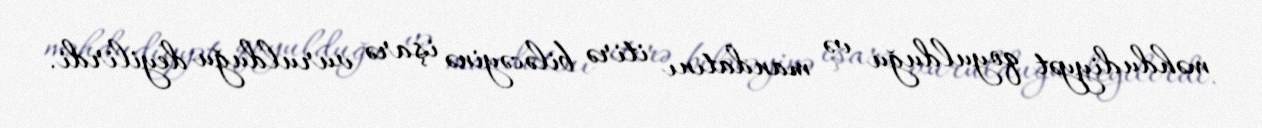
məhdudiyyət qoyulduğu və mandatını itirə biləcəyinə işarə vurulduğu deyilirdi.